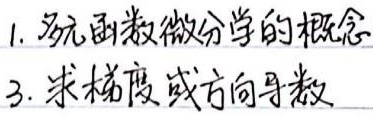
1. 多元函数微分学的概念
3. 求梯度或方向导数